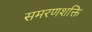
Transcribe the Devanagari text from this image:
समरणशक्ति